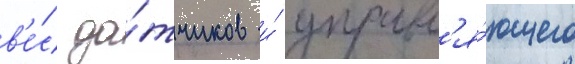
в'е́с да́тчиков и́ управл'я́ющего